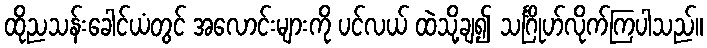
ထိုညသန်းခေါင်ယံတွင် အလောင်းများကို ပင်လယ် ထဲသို့ချ၍ သင်္ဂြိုဟ်လိုက်ကြပါသည်။